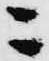
ニ